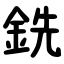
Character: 銑